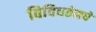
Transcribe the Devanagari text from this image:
विविधतेमधे